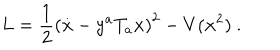
LaTeX: L = \frac { 1 } { 2 } \left( \dot { \bf x } - y ^ { a } T _ { a } { \bf x } \right) ^ { 2 } - V ( { \bf x } ^ { 2 } ) \ .